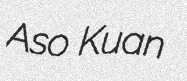
Aso Kuan